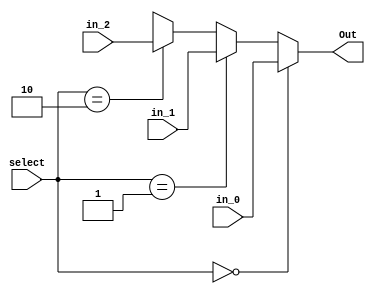
module MUX_3to1(
	 input [param-1:0] in_0,
    input [param-1:0] in_1,
	 input [param-1:0] in_2,
	 input [1:0]select,
    output reg [param-1:0] Out
    );

	parameter param = 32;
	
	always@(*)begin
		if(select==0)
			Out = in_0;
		else if(select==1)
			Out = in_1;
		else if(select==2)
			Out = in_2;
		else
			Out = 'bX;
	end
	
endmodule